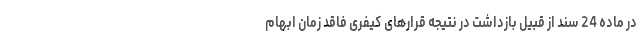
در ماده 24 سند از قبیل بازداشت در نتیجه قرارهای کیفری فاقد زمان ابهام